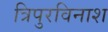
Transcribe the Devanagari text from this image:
त्रिपुरविनाश